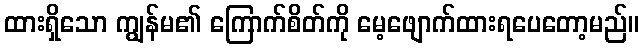
ထားရှိသော ကျွန်မ၏ ကြောက်စိတ်ကို မေ့ဖျောက်ထားရပေတော့မည်။